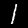
Label: 1